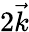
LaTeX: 2\vec{k}